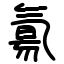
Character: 氱